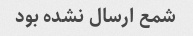
شمع ارسال نشده بود